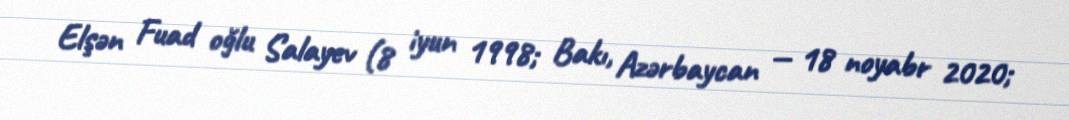
Elşən Fuad oğlu Salayev (8 iyun 1998; Bakı, Azərbaycan — 18 noyabr 2020;